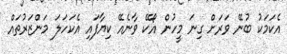
އެކަމަކު ބުނޭ ވަރަށް ގިނަ މީހުން އޯކޭ ވާނެއޭ ކިޔާފައި އެކަހަލަ މަންޒަރުތައް